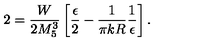
2 = \frac { W } { 2 M _ { 5 } ^ { 3 } } \left[ \frac { \epsilon } { 2 } - \frac { 1 } { \pi k R } \frac { 1 } { \epsilon } \right] .